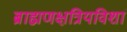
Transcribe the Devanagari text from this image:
ब्राह्मणक्षत्रियविशां